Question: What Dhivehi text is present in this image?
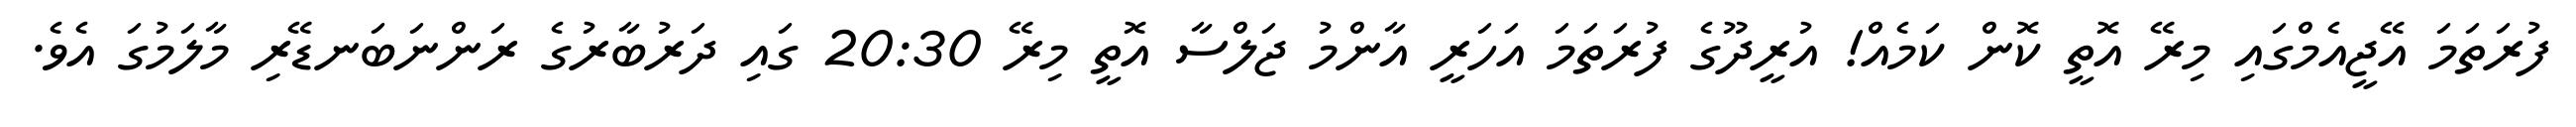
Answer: ފުރަތަމަ އޭޖީއެމްގައި މިރޭ އޮތީ ކޮން ކަމެއް! އުރީދޫގެ ފުރަތަމަ އަހަރީ އާންމު ޖަލްސާ އޮތީ މިރޭ 20:30 ގައި ދަރުބާރުގެ ރަންނަބަނޑޭރި މާލަމުގަ އެވެ.